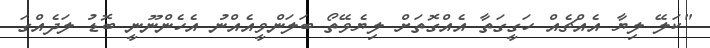
"ކަލޭ ލިޔާ އެއްޗެއް ހަގީގަތާ އެއްގޮތަށް ލިޔެވޭތޯ ބަލަންވީއެއްނު އެހެންނޫނީ ބޮޑު ލަދެއްގަ